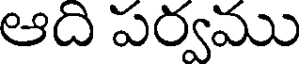
ఆది పర్వము